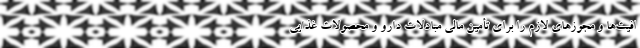
افیت‌ها و مجوزهای لازم را برای تأمین مالی مبادلات دارو و محصولات غذایی